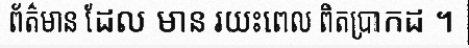
ព័ត៌មាន ដែល មាន រយះពេល ពិតប្រាកដ ។